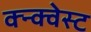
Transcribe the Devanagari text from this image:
क्न्क्वेस्ट